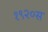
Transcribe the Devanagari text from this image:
१९२०स